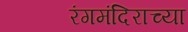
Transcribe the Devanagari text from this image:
रंगमंदिराच्या